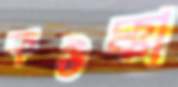
কউক্কা